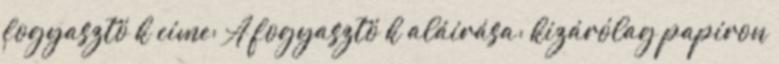
fogyasztó k címe: A fogyasztó k aláírása: kizárólag papíron